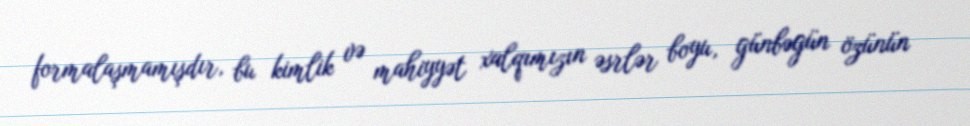
formalaşmamışdır, bu kimlik və mahiyyət xalqımızın əsrlər boyu, günbəgün özünün